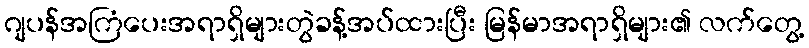
ဂျပန်အကြံပေးအရာရှိများတွဲခန့်အပ်ထားပြီး မြန်မာအရာရှိများ၏ လက်တွေ့